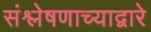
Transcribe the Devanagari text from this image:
संश्लेषणाच्याद्वारे